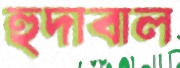
হুদাবাল